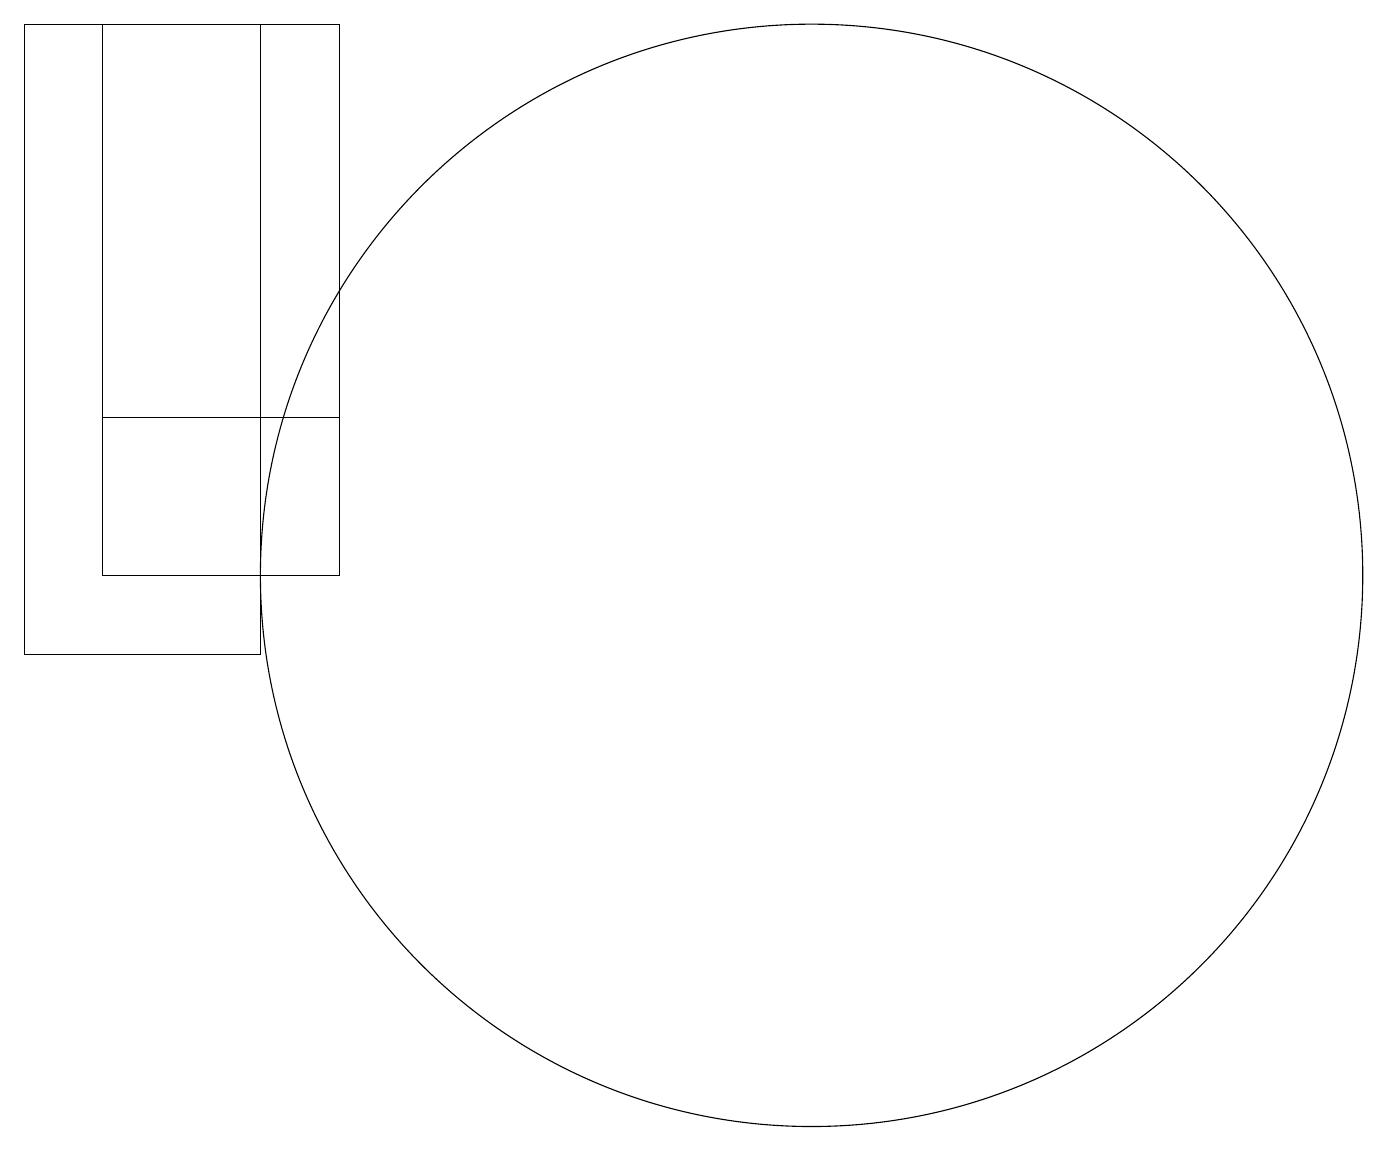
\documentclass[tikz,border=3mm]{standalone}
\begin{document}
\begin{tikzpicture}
\draw (1,12) rectangle (4,14);
\draw (4,19) rectangle (1,12);
\draw (10,12) circle (7);
\draw (3,19) rectangle (0,11);
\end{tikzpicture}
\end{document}